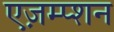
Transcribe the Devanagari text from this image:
एज़म्प्शन